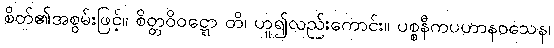
စိတ်၏အစွမ်းဖြင့်။ စိတ္တဝိဝဋ္ဋော တိ၊ ဟူ၍လည်းကောင်း။ ပစ္စနီကပဟာနဝသေန၊